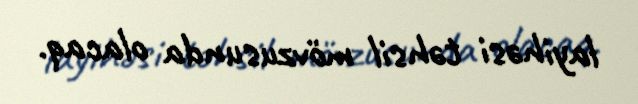
layihəsi təhsil mövzusunda olacaq.